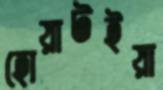
হোয়াটইয়া